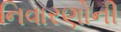
નિવારણોની